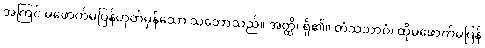
အကြင် မဖောက်မပြန်ဟုတ်မှန်သော သဘောသည်။ အတ္ထိ၊ ရှိ၏။ တံသဘာဝံ၊ ထိုမဖောက်မပြန်